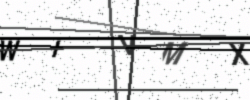
Text: WIVMX